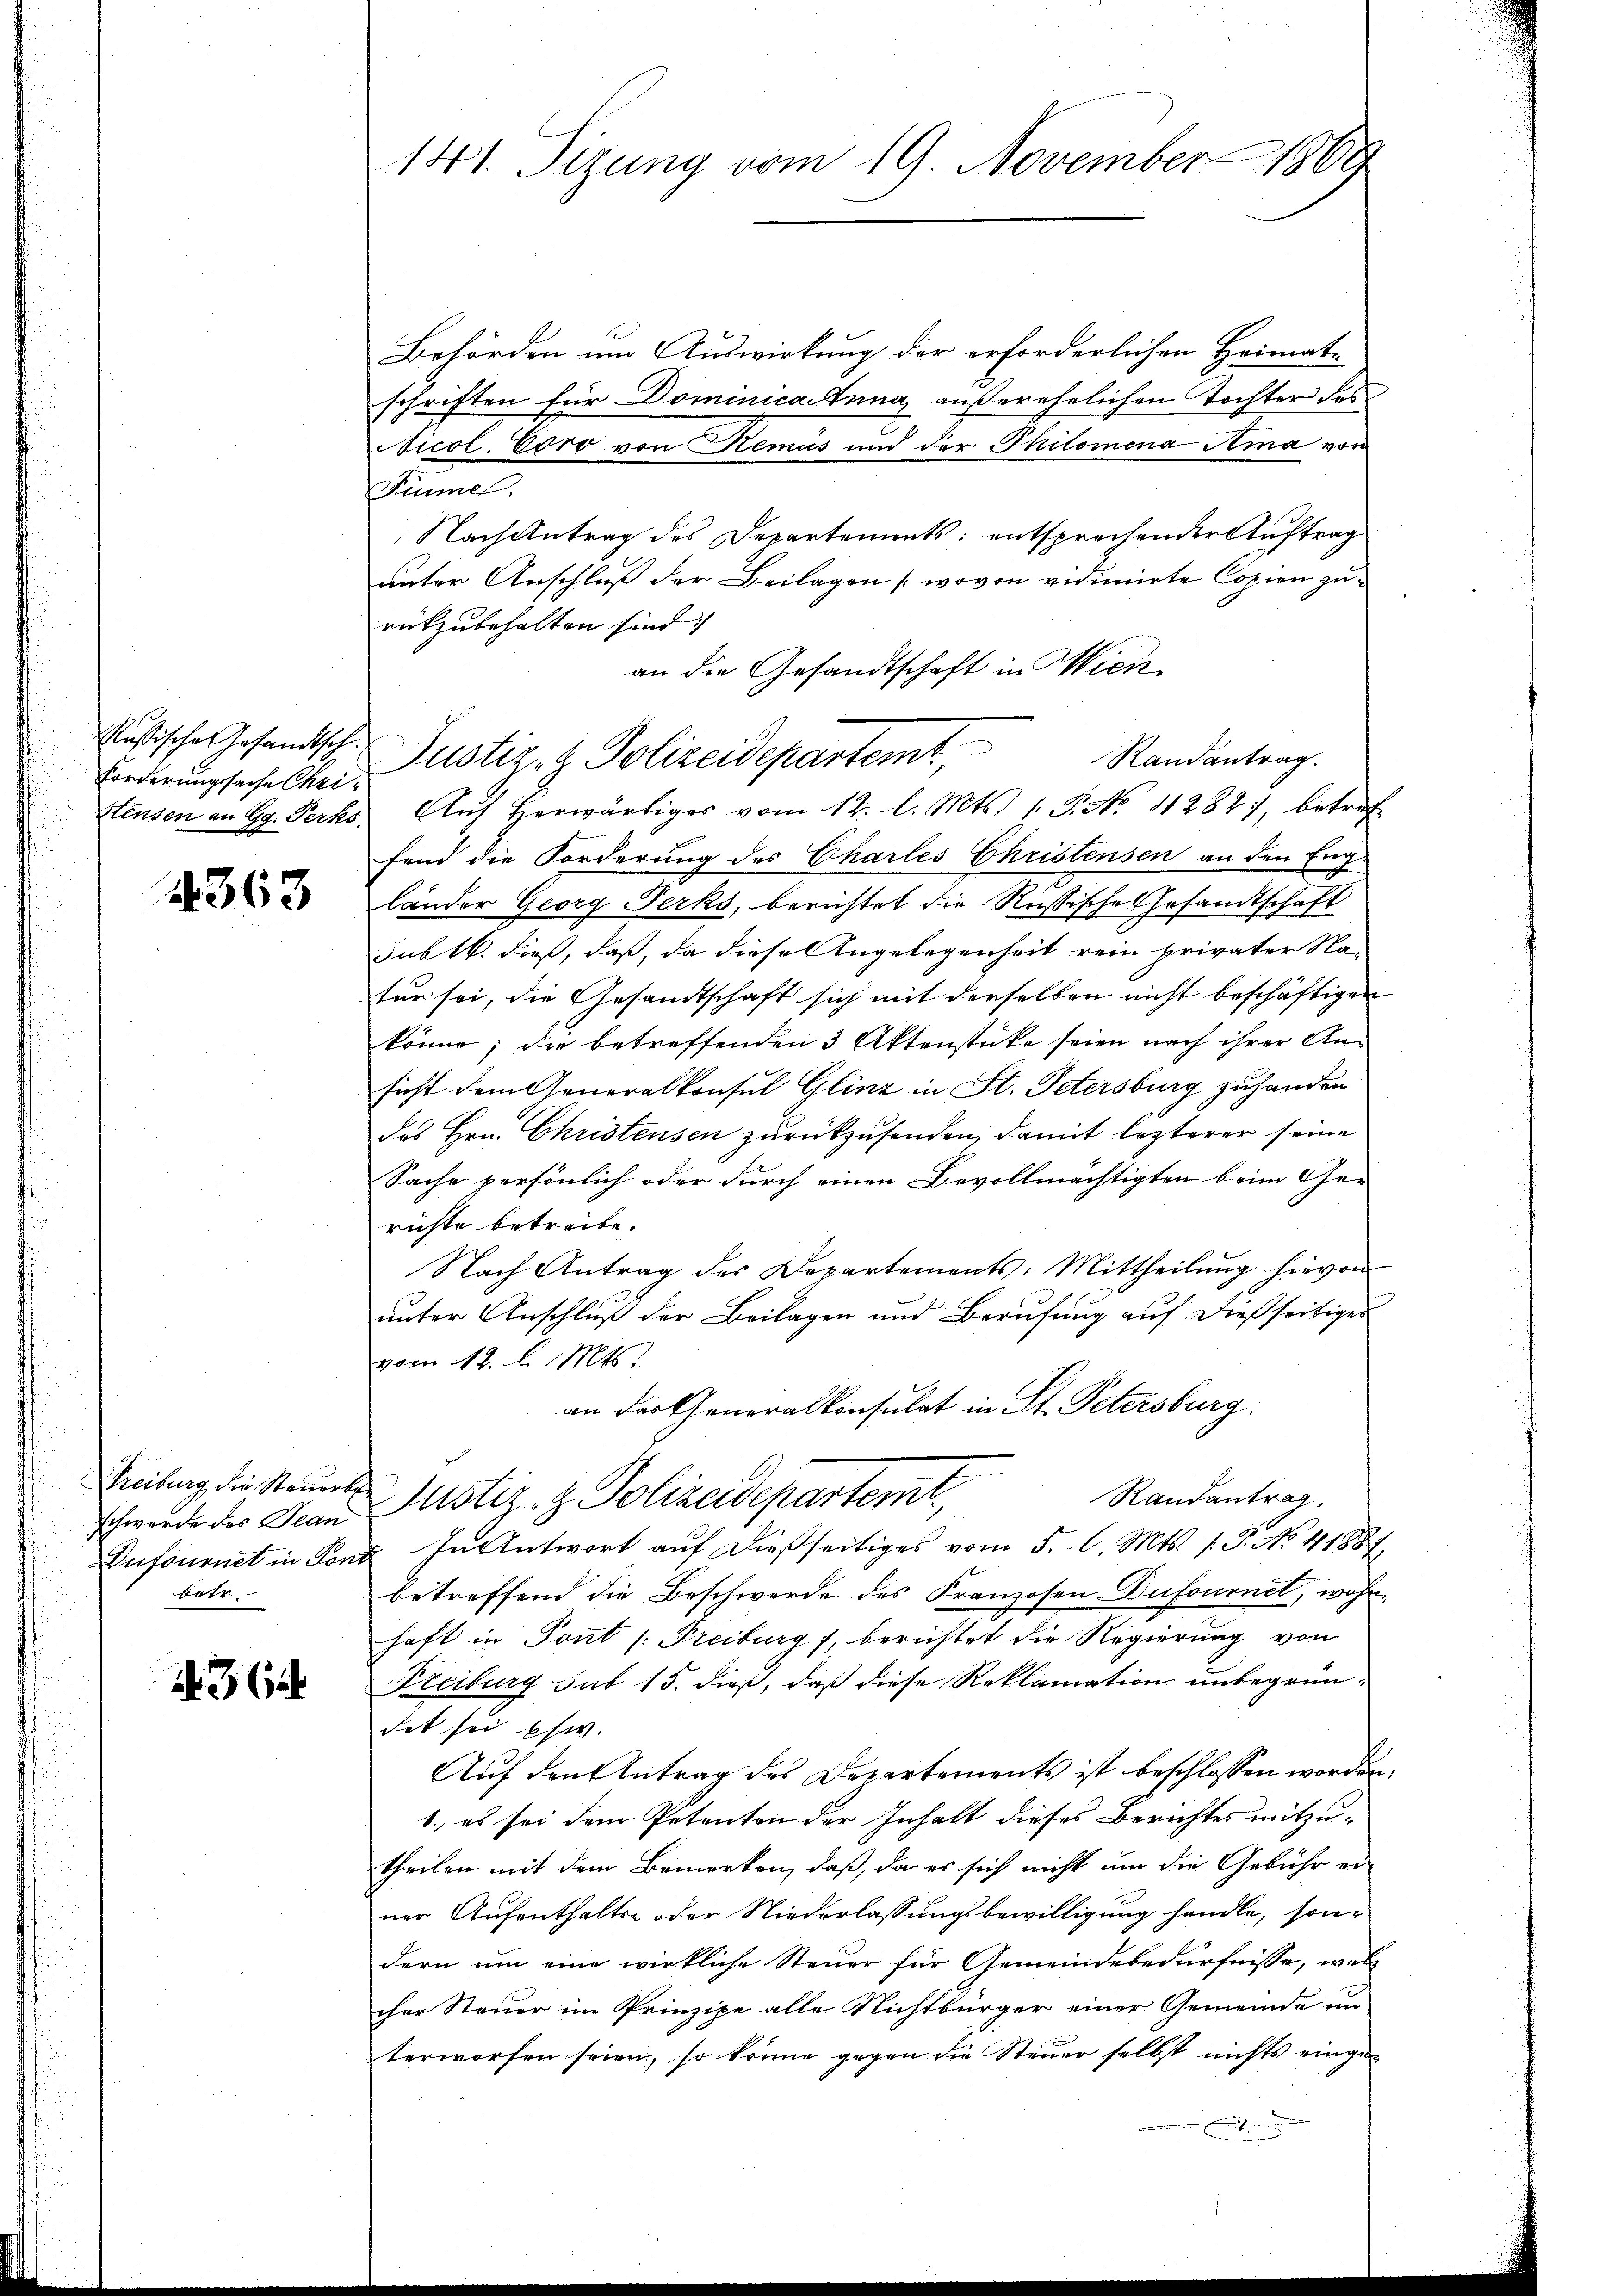
Russischen Gesandtsch.
Forderungssache Chri¬
Stensen an Gg. Perks

1363

Streiburg die Steuert
schwerde des Jean
betr.

36

141. Sizung vom 19. November 1869

Behörden um Auswirkung der erforderlichen Heimat-
schriften für Dominica Tuna, außerehelichen Tochter des
Nicol. Coro von Remus und der Philomena Ama von
Fünnen.
Nach Antrag des Departements: entsprechender Auftrag
unter Anschluß der Beilagen (wovon vidimirte Copien zurückzubehalten sind.
an die Gesandtschaft in Wien
Aŭf herwärtiges vom 12. l. Mts. 1. P. Nr. 4282, betreffend die Forderung des Chartes Christensen an den Eng-
länder Georg Perks, berichtet die Rußische Gesandtschaft
sub 16. dieß, daß, da diese Angelegenheit rein privater Nafür sei, die Gesandtschaft sich mit derselben nicht beschäftigen
könne; die betreffenden 3 Aktenstücke seien nach ihrer An-
sicht dem Generalkonsul Glinz in St. Petersburg zuhanden
des Hrn. Christensen zurückzusenden, damit lezterer seine
Sache persönlich oder durch einen Bevollmächtigten beim Ge-
richte betreibe.
Nach Antrag des Departements-Mittheilŭng hievon
unter Anschluß der Beilagen und Berufung auf dießseitiges
vom 12. d. Mts.
an dartheneralkonsulat in St. Petersburg.
Randantrag
Justiz- & Polizeidepartemt
Dufournet in Font. In Antwort auf dießseitiges vom 5. l. Mts. v. J. No. 41887,
betreffend die Beschwerde des Franzosen Dufournet, wohnhaft in Pont /: Freiburg), berichtet die Regierung von
Freiburg sub 15. dieß, daß diese Reklamation unbegründet sei ehw.
Auf den Antrag des Departements ist beschlossen worden.
1. es sei dem Petenten der Inhalt dieses Berichtes mitzutheilen mit dem Bemerken, daß, da es sich nicht um die Gebühr er
ner Aufenthalte oder Niederlassungsbewilligung handle, son
dern um eine wirkliche Steuer für Gemeindebedürfnisse, welc
cher Steuer im Prinzipe alle Nichtbürger einer Gemeinde un-
terworfen seien, so könne gegen die Steuer selbst nichts einge¬

Justiz- & Polizeidepartemt,
Randantrag.